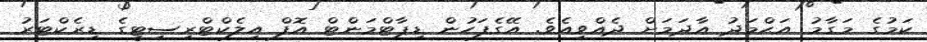
ކަމުގެ މަގާމު އަޙްމަދު އާދަމަށް ދެއްވިއެވެ. އޭގެފަހުން ޑިޕާޓްމަންޓް އޮފް އިލެކްޓްރިސިޓީގެ ޑިރެކްޓަރު